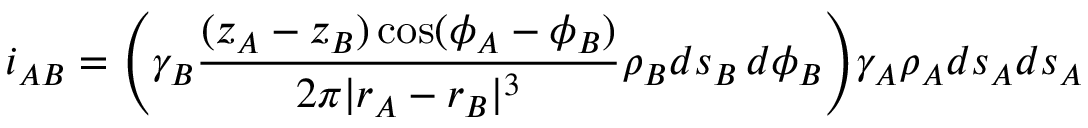
i _ { A B } = \Bigg ( \gamma _ { B } \frac { ( z _ { A } - z _ { B } ) \cos ( \phi _ { A } - \phi _ { B } ) } { 2 \pi | \boldsymbol { r _ { A } } - \boldsymbol { r _ { B } } | ^ { 3 } } \rho _ { B } d s _ { B } \, d \phi _ { B } \Bigg ) \gamma _ { A } \rho _ { A } d s _ { A } d s _ { A }